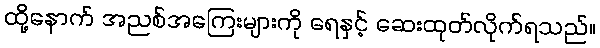
ထို့နောက် အညစ်အကြေးများကို ရေနှင့် ဆေးထုတ်လိုက်ရသည်။